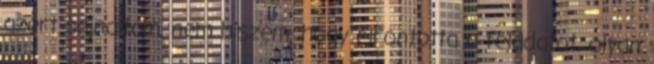
azert sajnaltam, nem hiszem, hogy elrontotta a feladatot, olyan